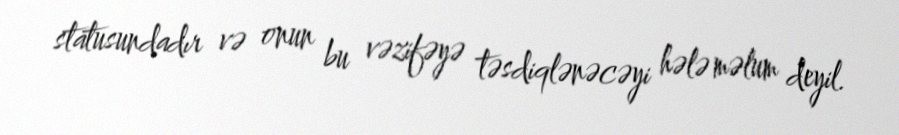
statusundadır və onun bu vəzifəyə təsdiqlənəcəyi hələ məlum deyil.